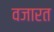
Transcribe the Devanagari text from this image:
वजारत